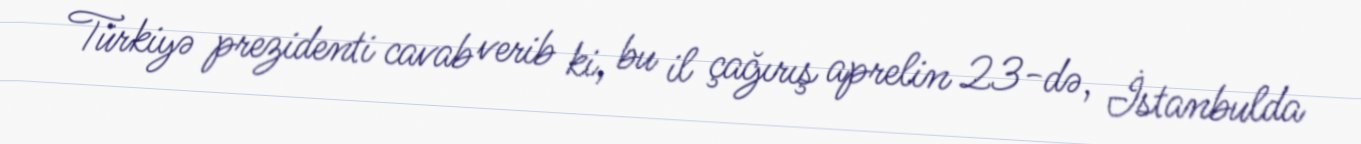
Türkiyə prezidenti cavab verib ki, bu il çağırış aprelin 23-də, İstanbulda